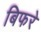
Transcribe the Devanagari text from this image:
बिफरे